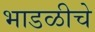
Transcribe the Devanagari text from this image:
भाडळीचे